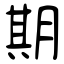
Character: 期